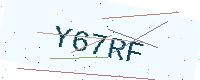
Text: Y67RF